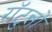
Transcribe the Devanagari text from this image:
राॅटुन्नो